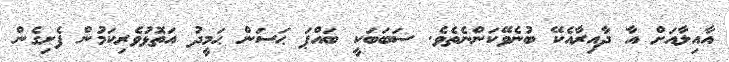
އާއިލާއަށް އާ ދާއިރާއެކޭ ބުނެވޭކަންނެތެވެ. ސަބަބަކީ ބައްޕަ ޙަސަން ޙަމީދު އަތޮޅުވެރިކަމުން ފެށިގެން